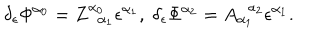
LaTeX: \delta _ { \epsilon } \Phi ^ { \alpha _ { 0 } } = Z _ { \; \; \alpha _ { 1 } } ^ { \alpha _ { 0 } } \epsilon ^ { \alpha _ { 1 } } , \; \delta _ { \epsilon } \Phi ^ { \alpha _ { 2 } } = A _ { \alpha _ { 1 } } ^ { \; \; \alpha _ { 2 } } \epsilon ^ { \alpha _ { 1 } } .